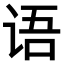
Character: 语